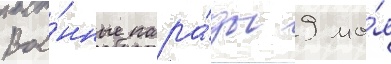
Вое́нные пара́ды 9 ма́я